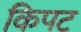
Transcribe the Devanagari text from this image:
किपट